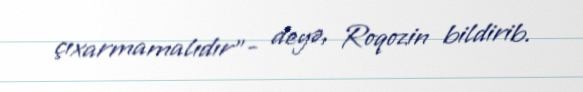
çıxarmamalıdır”- deyə, Roqozin bildirib.